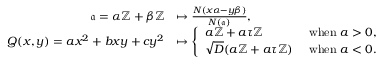
\begin{array} { r l } { \mathfrak a = \alpha \mathbb { Z } + \beta \mathbb { Z } } & { \mapsto \frac { N ( x \alpha - y \beta ) } { N ( \mathfrak a ) } , } \\ { Q ( x , y ) = a x ^ { 2 } + b x y + c y ^ { 2 } } & { \mapsto \left\{ \begin{array} { l l } { a \mathbb { Z } + a \tau \mathbb { Z } } & { \mathrm { ~ w h e n ~ } a > 0 , } \\ { \sqrt D ( a \mathbb { Z } + a \tau \mathbb { Z } ) } & { \mathrm { ~ w h e n ~ } a < 0 . } \end{array} \right. } \end{array}